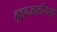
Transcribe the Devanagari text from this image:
बृहदजातीयता